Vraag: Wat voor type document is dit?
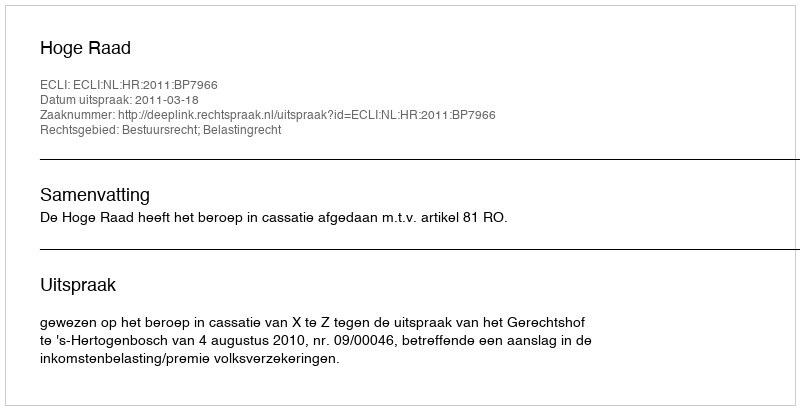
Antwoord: Uitspraak